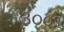
૩૦૦૧